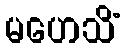
မဟေသိံ